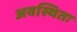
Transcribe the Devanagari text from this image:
अवस्थितः